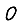
Digit: 0